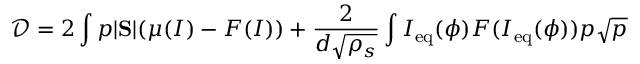
\mathcal D = 2 \int p | \mathrm { \bf S } | ( \mu ( I ) - F ( I ) ) + \frac { 2 } { d \sqrt { \rho _ { s } } } \int I _ { \mathrm { e q } } ( \phi ) F ( I _ { \mathrm { e q } } ( \phi ) ) p \sqrt { p }